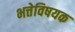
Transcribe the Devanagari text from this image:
भत्तेविषयक